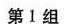
第1组